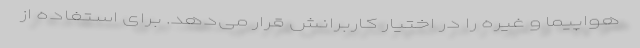
هواپیما و غیره را در اختیار کاربرانش قرار می‌دهد. برای استفاده از